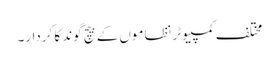
مختلف کمپیوٹر نظاموں کے بیچ گوند کا کردار۔